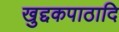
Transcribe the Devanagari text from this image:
खुद्दकपाठादि